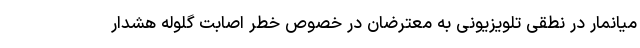
میانمار در نطقی تلویزیونی به معترضان در خصوص خطر اصابت گلوله هشدار